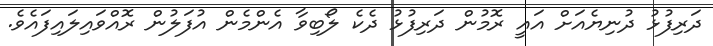
ދަރިފުޅު ދުނިޔެއަށް އައީ ރޮމުން ދަރިފުޅު ދެކެ ލޯބިވާ އެންމެން އުފަލުން ރޮއްވައިލައިފައެވެ.